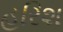
હરિશ